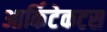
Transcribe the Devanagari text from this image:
आर्किटेकटस